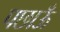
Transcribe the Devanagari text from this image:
पछाऊँ